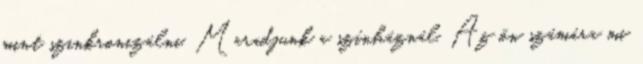
mint szinkronizálni. Maradjunk a színháznál. Az ön számára mi